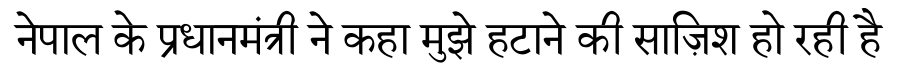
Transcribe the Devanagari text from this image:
नेपाल के प्रधानमंत्री ने कहा मुझे हटाने की साज़िश हो रही है